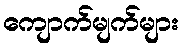
ကျောက်မျက်များ